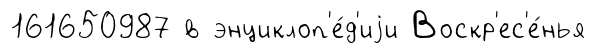
161650987 в энциклоп'е́д'иjи Воскр'ес'е́нья